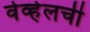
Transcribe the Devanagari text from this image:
वेव्हेलची